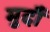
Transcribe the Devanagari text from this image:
मुदौं